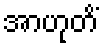
အာဟုတိံ